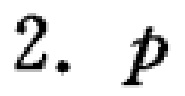
2. \(p\)